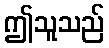
ဤသူသည်